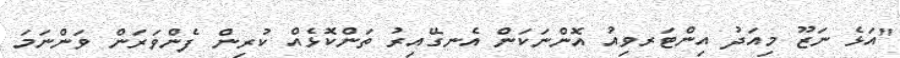
"އަޅެ ނަޒޫ މިއަދު އިންޓަރވިއު އޮންނަކަން އެނގޭއިރު ތަންކޮޅެއް ކުރިން ފެންވަރަން ވަންނަމަ